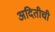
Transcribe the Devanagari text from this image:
अदितीची